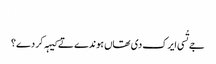
‏
جے تُسی ایرک دی تھاں ہوندے تے کیہہ کر دے؟